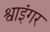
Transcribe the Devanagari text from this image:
श्वाइंगर